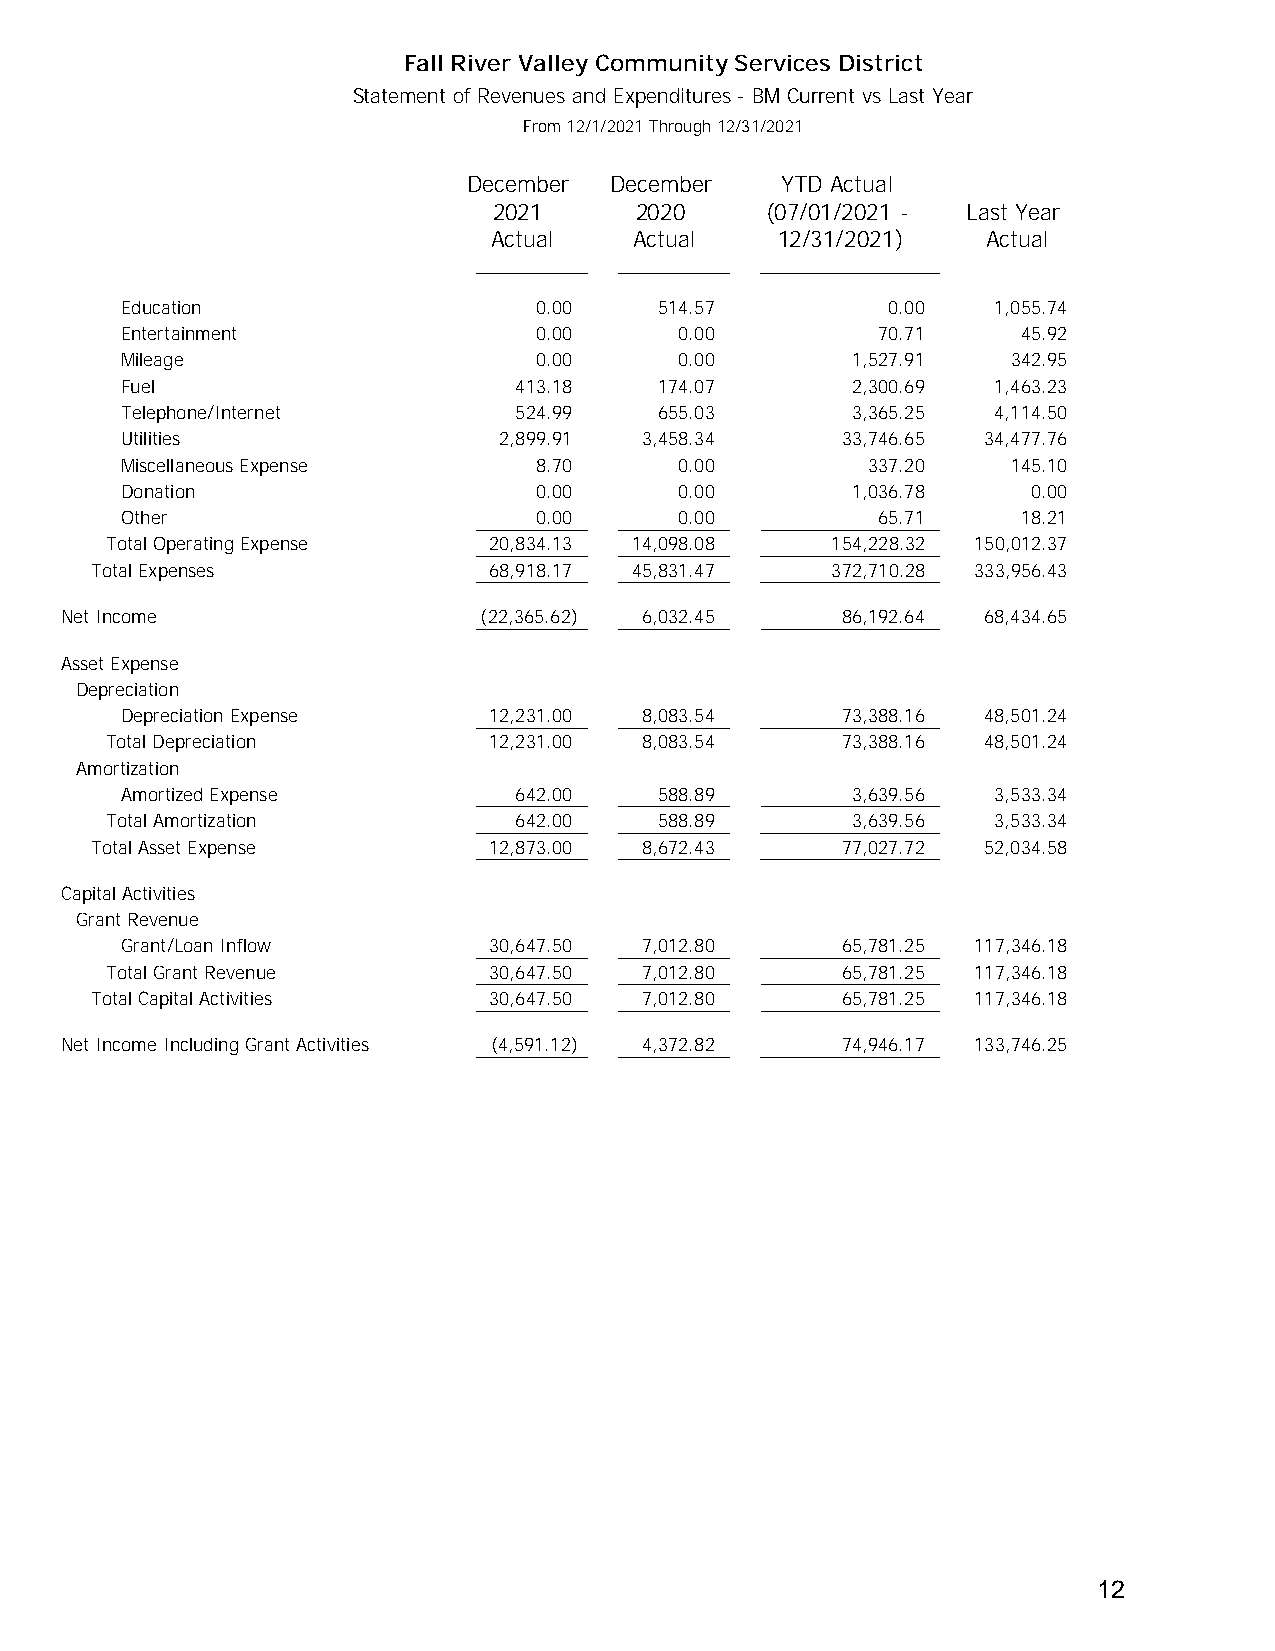
Fall River Valley Community Services District
 Statement of Revenues and Expenditures - BM Current vs Last Year
 From 12/1/2021 Through 12/31/2021
 December December    YTD Actual
 2021     2020     (07/01/2021 - Last Year
 Actual   Actual   12/31/2021)   Actual
 Education                  0.00     514.57         0.00   1,055.74
 Entertainment              0.00      0.00         70.71     45.92
 Mileage                    0.00      0.00       1,527.91   342.95
 Fuel                      413.18    174.07      2,300.69  1,463.23
 Telephone/Internet        524.99    655.03      3,365.25  4,114.50
 Utilities                2,899.91  3,458.34     33,746.65 34,477.76
 Miscellaneous Expense      8.70      0.00        337.20    145.10
 Donation                   0.00      0.00       1,036.78    0.00
 Other                      0.00      0.00         65.71     18.21
 Total Operating Expense  20,834.13 14,098.08    154,228.32 150,012.37
 Total Expenses            68,918.17 45,831.47    372,710.28 333,956.43
 Net Income                  (22,365.62) 6,032.45    86,192.64 68,434.65
 Asset Expense
 Depreciation
 Depreciation Expense    12,231.00  8,083.54     73,388.16 48,501.24
 Total Depreciation       12,231.00  8,083.54     73,388.16 48,501.24
 Amortization
 Amortized Expense         642.00    588.89      3,639.56  3,533.34
 Total Amortization         642.00    588.89      3,639.56  3,533.34
 Total Asset Expense       12,873.00  8,672.43     77,027.72 52,034.58
 Capital Activities
 Grant Revenue
 Grant/Loan Inflow       30,647.50  7,012.80     65,781.25 117,346.18
 Total Grant Revenue      30,647.50  7,012.80     65,781.25 117,346.18
 Total Capital Activities  30,647.50  7,012.80     65,781.25 117,346.18
 Net Income Including Grant Activities (4,591.12) 4,372.82 74,946.17 133,746.25
 12